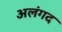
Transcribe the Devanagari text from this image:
अलंगद